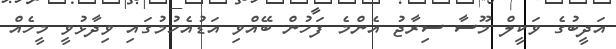
އަދީބުގެ ވަކީލް މޫސާ ސިރާޖު އެންމެ ފަހުން ބޭއްވި އަޑުއެހުމުގައި ވިދާޅުވީ މީހެއް